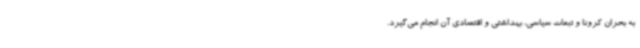
به بحران کرونا و تبعات سیاسی، بهداشتی و اقتصادی آن انجام می‌گیرد.